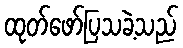
ထုတ်ဖော်ပြသခဲ့သည်